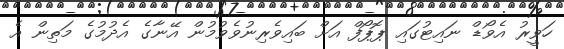
ހަވީރު އެވޯޑް ނައިޓުގައި ޕޮޕޯފް އަށް ބައިވެރިނުވެވުމުން އޭނާގެ އެދުމުގެ މަތިން އެ